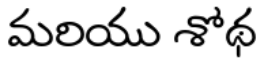
మరియు శోథ